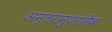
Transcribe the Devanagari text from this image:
अन्तरानुशासिक